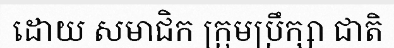
ដោយ សមាជិក ក្រុមប្រឹក្សា ជាតិ